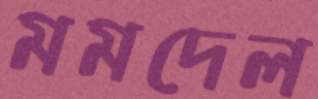
মমদেল